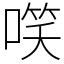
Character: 㗛